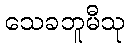
သေခဘူမီသု